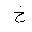
Letter: _kha